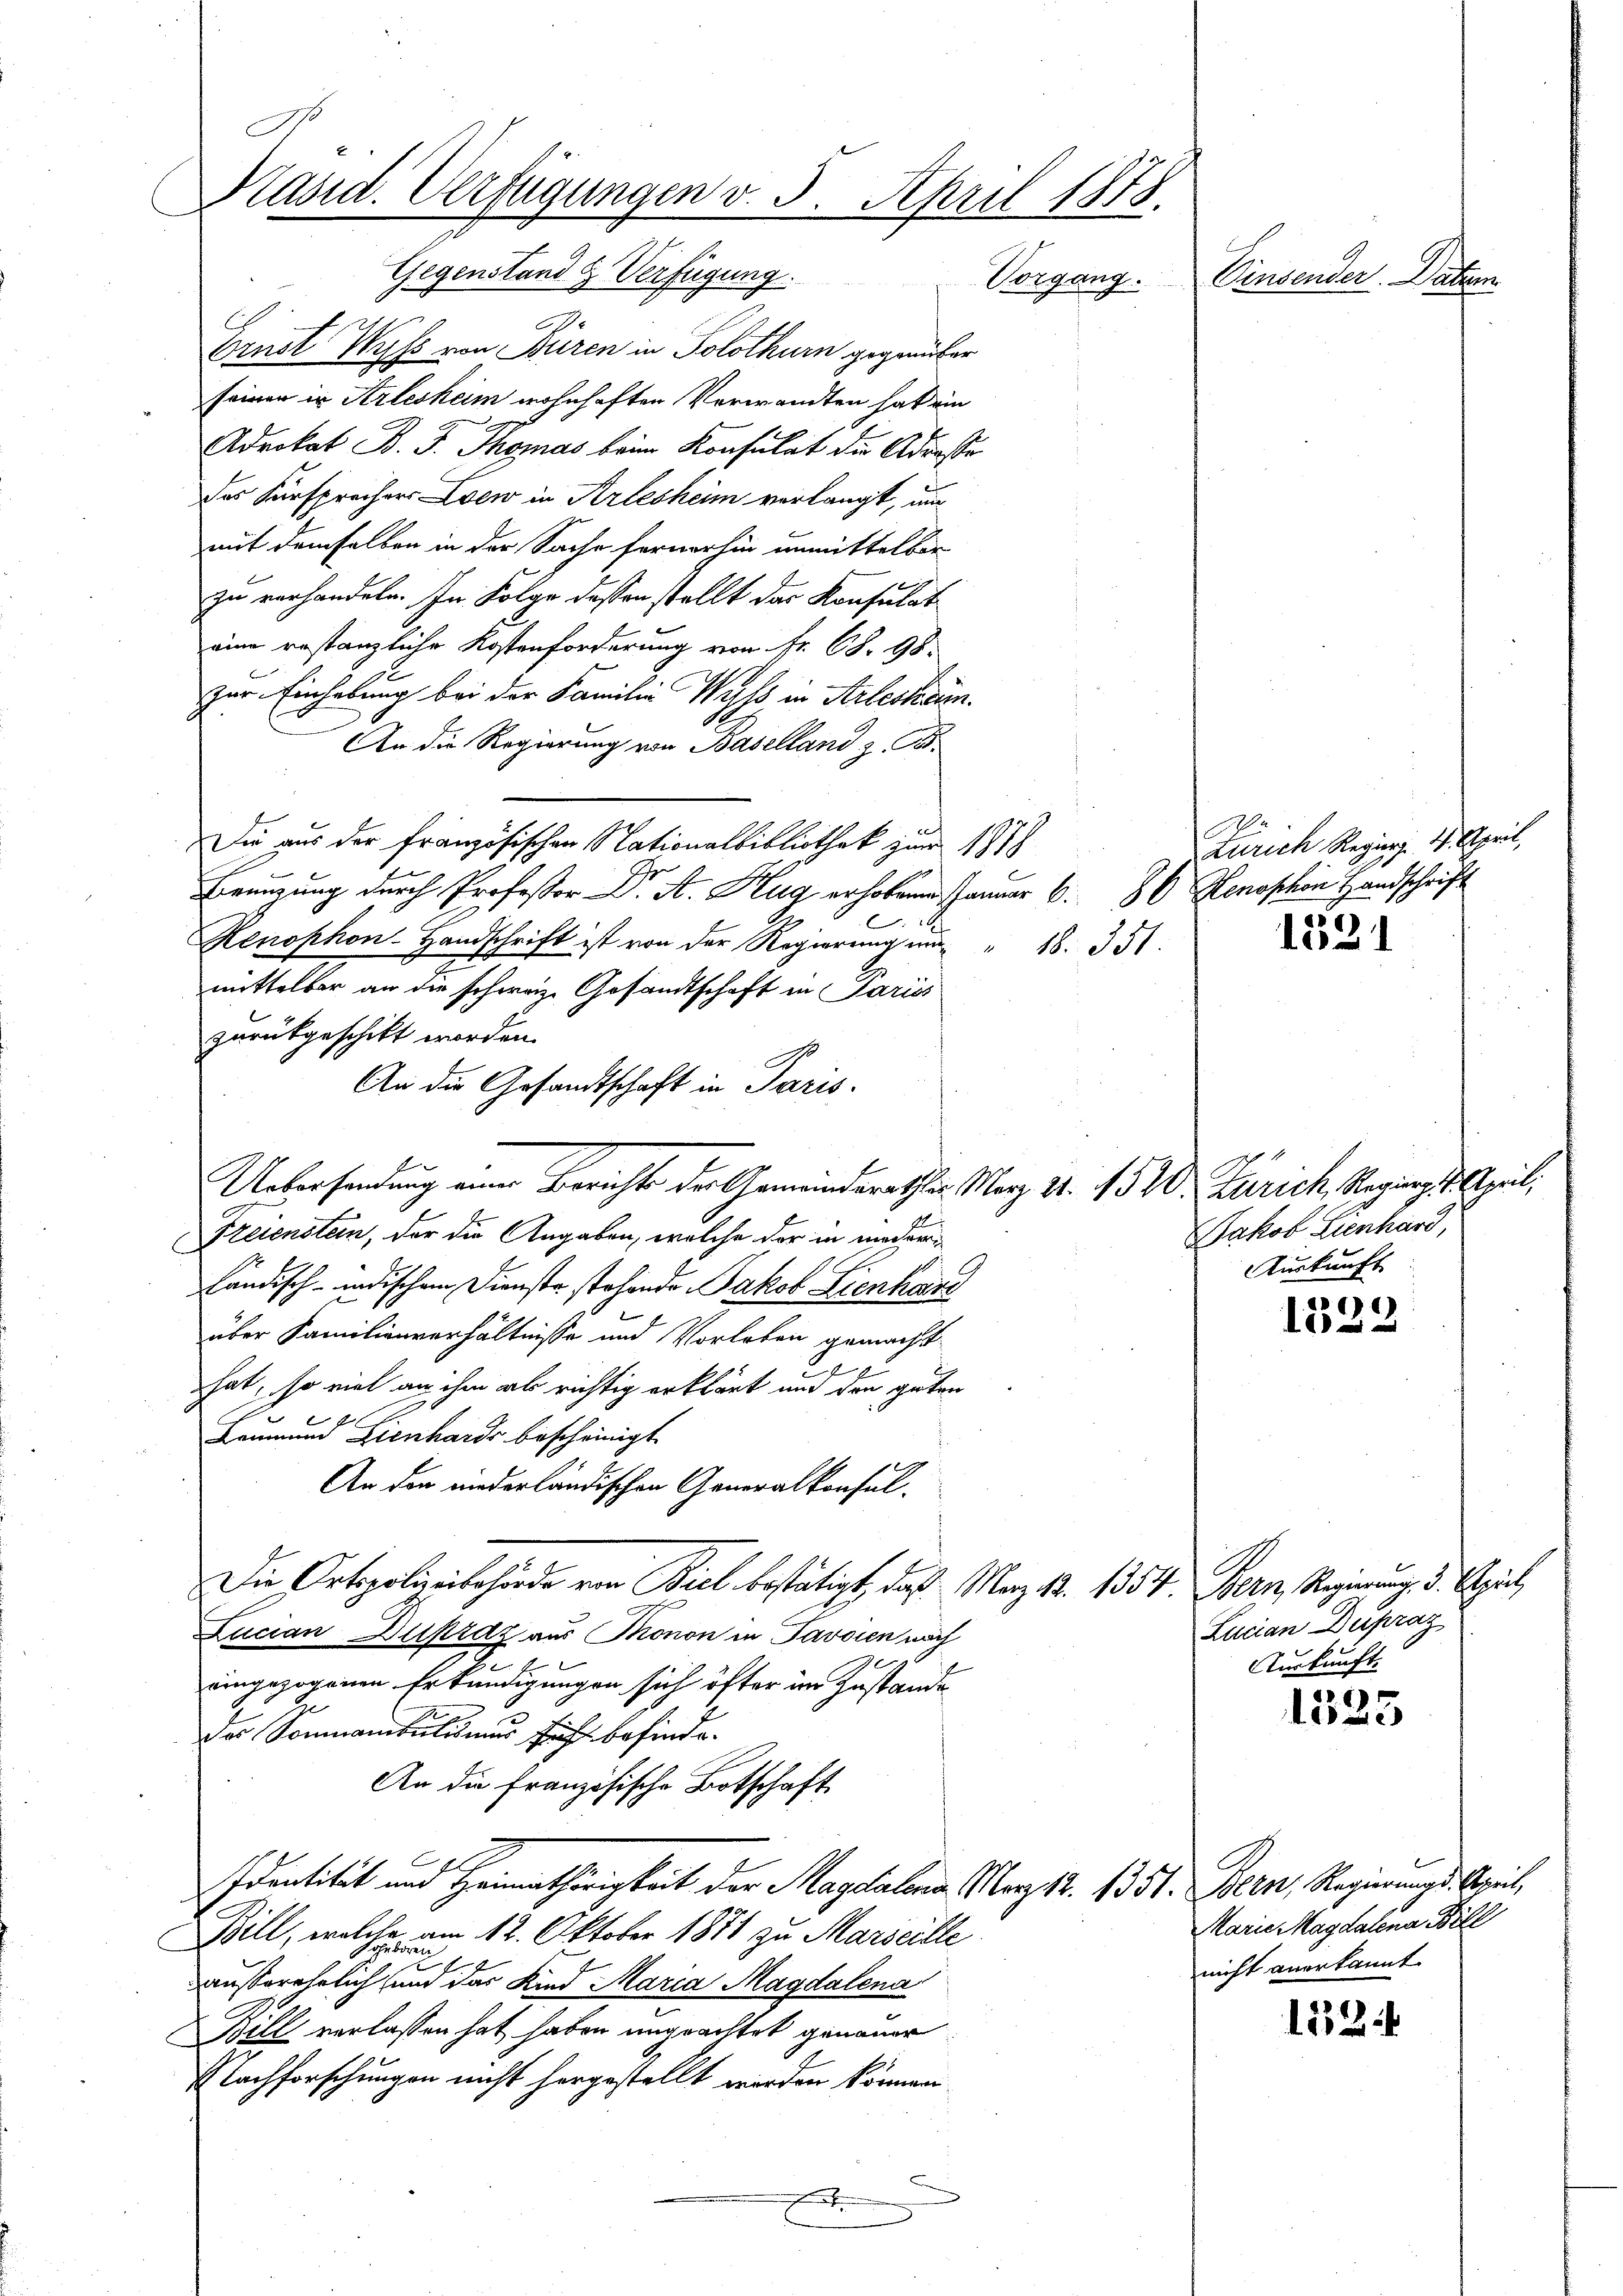
E
Präsid. Verfügungen v. 5. April 1878.
Gegenstand & Verfügung.
Einsender Datum
Vorgang.

Ernst Wyss von Büren in Solothurn gegenüber
seiner in Arlesheim wohnhaften Verwandten hat ein
Advokat B. J. Thomas beim Konsulat die Adresse
das Fürsprechers Loew in Arlesheim verlangt, und
mit demselben in der Sache fernerhin unmittelbar
zu verhandeln. In Folge dessen stellt das Konsulat
eine restanzliche Kostenforderung von Fr. 68. 98.
zur Einhebung bei der Familie Wyss in Arleskam.
An die Regierung von Baselland z
Die aus der Französischen Nationalbibliothek zur 1818
Ereigung durch Professor Dr. A. Hug erhoben Januar 6. 86 Henoschon Handschrift
Henophon-Handschrift ist von der Regierung m " 18. 351.
mittelbar an die schweiz. Gesandtschaft in Pariss
zurückgeschikt worden.
An die Gesandtschaft in Paris.
e
Uebersendung einer Bericht der Gemeinderathes Mag. 11. 1570.
Freienstein, der die Angaben, welche der in niederländisch-indischen Dienste stehende Jakob Lienhan
über Familienverhältnisse und Vorleben gemacht
hat, so viel an ihm als richtig erklärt und den guten
f
Baumen Lienhards bescheinigt
An den niederländischen Generalkonsul-
Die Ortspolizubehörde von Biel bestätigt, daß Mag. 12. 1354. Bern, Regierung. 3. Spiel,
Lucian Dupraz aus Thonon in Javaien nach
eingezogenen Erkundigungen sich öfter im Zustande
des Sonnanbulismus sich befinde.
An die französische Botschaft
Identität und Heimathörigkeit der Magdalena Mart. 1351. Bern, Regierungs-Spiel
Bill, welche am 12. Oktober 1871 zu Maricille
außerehrlich und das Kind Maria Magdalena
Bill verlassen hat haben ungeachtet genauer
Nachforschungen nicht hergestellt werden können.
.

Zürich Regier. 17. April,

1331

1533

6
125

1524

Zürich, Reging 1. April,
Jakob Lienhard,
urkunft

Lucian Dupraz
Auskunft.

Marie Magdalena Bill
nicht anerkannt.